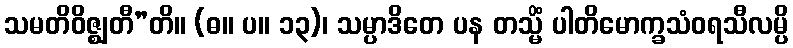
သမတိဝိဇ္ဈတီ”တိ။ (ဓ။ ပ။ ၁၃)၊ သမ္ပာဒိတေ ပန တသ္မိံ ပါတိမောက္ခသံဝရသီလမ္ပိ